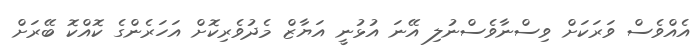
އެއްވެސް ވަރަކަށް ވިސްނާވެސްނުލި އޭނަ އުޅުނީ އަޔާޒް މެދުވެރިކޮށް އަހަރެންގެ ކޮއްކޮ ބޭރަށް